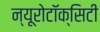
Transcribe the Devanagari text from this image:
न्यूरोटॉक्सिटी